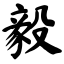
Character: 毅